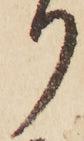
り